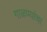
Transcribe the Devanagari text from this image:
गाळण्यांचा